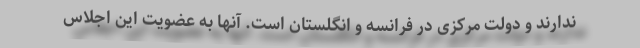
ندارند و دولت مرکزی در فرانسه و انگلستان است. آنها به عضویت این اجلاس